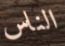
الناس